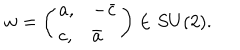
w = \left( \begin{array} { l l } { { a , } } & { { - \bar { c } } } \\ { { c , } } & { { \bar { a } } } \\ \end{array} \right) \in S U ( 2 ) .